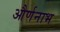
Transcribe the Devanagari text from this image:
और्णनाभ